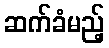
ဆက်ခံမည့်